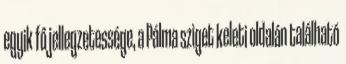
egyik fő jellegzetessége, a Pálma sziget keleti oldalán található